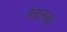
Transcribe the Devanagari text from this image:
वेटरला